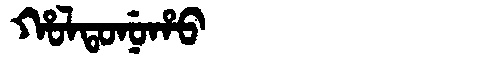
Manchu: ᡥᠣᠯᡨᠣᠨᡠᡥᠣ
Romanization: HOLTONUHO